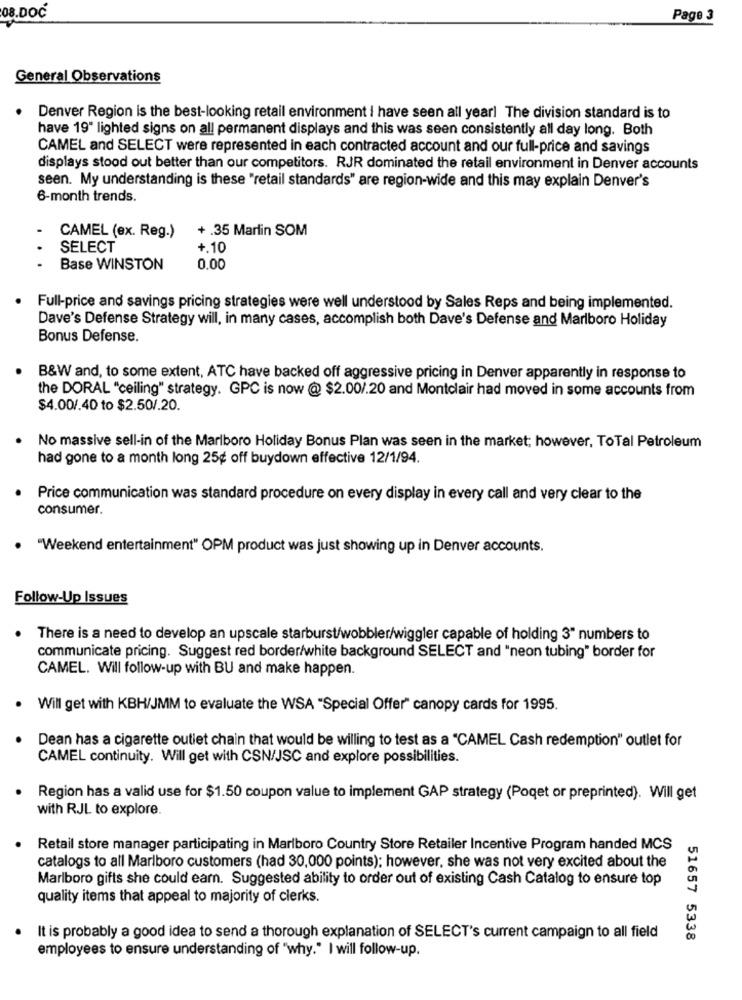
08.DOC
Page 3
General Observations
Denver Region is the best-looking retail environment I have seen all yearl The division standard is to
have 19" lighted signs on all permanent displays and this was seen consistently all day long. Both
CAMEL and SELECT were represented in each contracted account and our full-price and savings
displays stood out better than our competitors. RJR dominated the retail environment in Denver accounts
seen. My understanding is these "retail standards" are region-wide and this may explain Denver's
6-month trends.
+ .35 Marlin SOM
CAMEL (ex. Reg.)
SELECT
+.10
...
Base WINSTON
0.00
Full-price and savings pricing strategies were well understood by Sales Reps and being implemented.
Dave's Defense Strategy will, in many cases, accomplish both Dave's Defense and Marlboro Holiday
Bonus Defense.
B&W and, to some extent, ATC have backed off aggressive pricing in Denver apparently in response to
the DORAL "ceiling" strategy. GPC is now @ $2.00/.20 and Montclair had moved in some accounts from
$4.00/.40 to $2.50/.20.
No massive sell-in of the Marlboro Holiday Bonus Plan was seen in the market; however, ToTal Petroleum
had gone to a month long 25¢ off buydown effective 12/1/94.
Price communication was standard procedure on every display in every call and very clear to the
consumer.
"Weekend entertainment" OPM product was just showing up in Denver accounts.
Follow-Up Issues
. There is a need to develop an upscale starburst/wobbler/wiggler capable of holding 3" numbers to
communicate pricing. Suggest red border/white background SELECT and "neon tubing" border for
CAMEL. Will follow-up with BU and make happen.
· Will get with KBH/JMM to evaluate the WSA "Special Offer" canopy cards for 1995.
Dean has a cigarette outiet chain that would be willing to test as a "CAMEL Cash redemption" outlet for
CAMEL continuity. Will get with CSN/JSC and explore possibilities.
Region has a valid use for $1.50 coupon value to implement GAP strategy (Poqet or preprinted). Will get
with RJL to explore.
Retail store manager participating in Marlboro Country Store Retailer Incentive Program handed MCS
catalogs to all Marlboro customers (had 30,000 points); however, she was not very excited about the
Marlboro gifts she could earn. Suggested ability to order out of existing Cash Catalog to ensure top
quality items that appeal to majority of clerks.
It is probably a good idea to send a thorough explanation of SELECT's current campaign to all field
51657 5338
employees to ensure understanding of "why." I will follow-up.